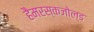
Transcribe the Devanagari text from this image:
हैमरस्कजोल्‍ड